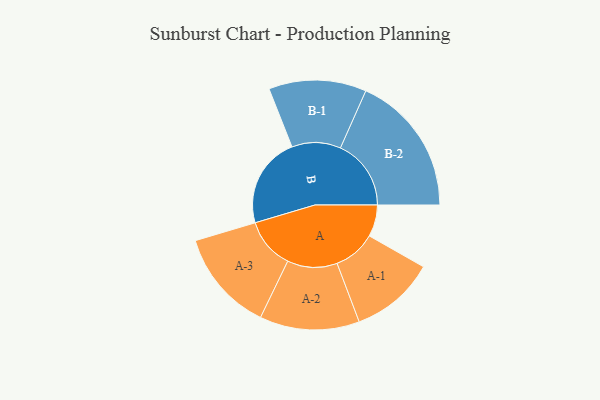
{"axis": {"x": "Segment", "y": "Value"}, "legend": ["", "A", "B"], "data": [{"x": "A", "y": 119, "type": ""}, {"x": "B", "y": 341, "type": ""}, {"x": "A-1", "y": 159, "type": "A"}, {"x": "A-2", "y": 187, "type": "A"}, {"x": "A-3", "y": 191, "type": "A"}, {"x": "B-1", "y": 183, "type": "B"}, {"x": "B-2", "y": 265, "type": "B"}]}